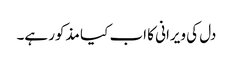
دل کی ویرانی کا اب کیا مذکور ہے۔